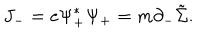
J _ { - } = e { \Psi } _ { + } ^ { \ast } { \Psi } _ { + } = m { \partial } _ { - } \tilde { \Sigma } .